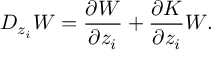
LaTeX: D _ { z _ { i } } W = \frac { \partial W } { \partial z _ { i } } + \frac { \partial K } { \partial z _ { i } } W .